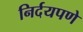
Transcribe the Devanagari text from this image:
निर्दयपणे